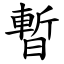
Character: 暫